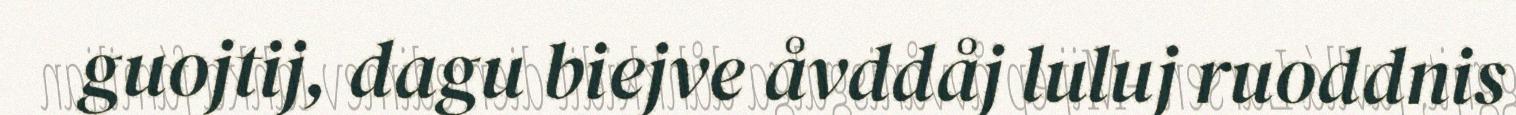
guojtij, dagu biejve åvddåj luluj ruoddnis